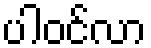
ပါဝင်လာ